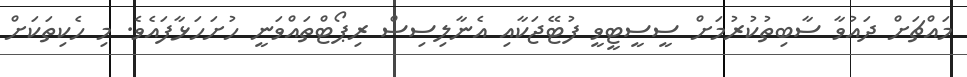
މައްޗަށް ދައުވާ ސާބިތުކުރުމަށް ސީސީޓީވީ ފުޓޭޖަކާއި އެނާލިސިސް ރިޕޯޓްތައްވަނީ ހުށަހަޅާފައެވެ. މި ހެކިތަކަށް